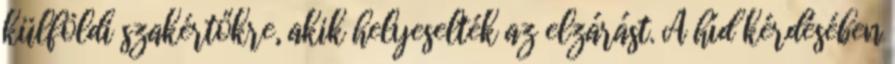
külföldi szakértőkre, akik helyeselték az elzárást. A híd kérdésében